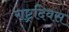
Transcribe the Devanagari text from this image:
राष्ट्रदिवस